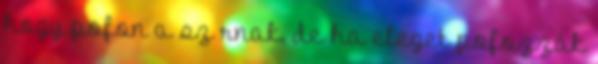
hogy pofon a sz rnak, de ha eleget pofozzák